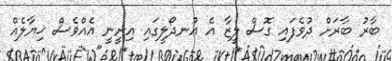
ބާރު ބާރަށް ދުވެފައި ގޮސް ލީޒާ އެ އުނދޯލީގައި އިށީނީ އެއްވެސް ޚިޔާލެއް